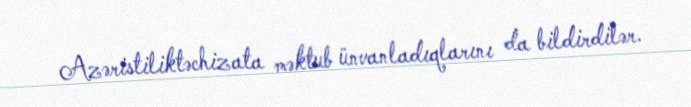
Azəristiliktəchizata məktub ünvanladıqlarını da bildirdilər.